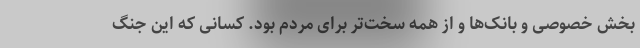
بخش خصوصی و بانک‌ها و از همه سخت‌تر برای مردم بود. کسانی که این جنگ